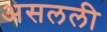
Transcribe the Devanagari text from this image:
असलली